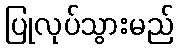
ပြုလုပ်သွားမည်